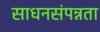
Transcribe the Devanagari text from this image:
साधनसंपन्नता